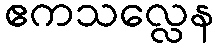
ဧကသလ္လေန